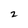
Character: 2